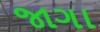
જાગા